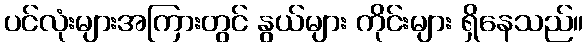
ပင်လုံးများအကြားတွင် နွယ်များ ကိုင်းများ ရှိနေသည်။